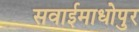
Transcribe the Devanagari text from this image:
सवाईमाधोपुर